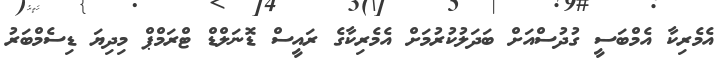
އެމެރިކާ އެމްބަސީ ގުދުސްއަށް ބަދަލުކުރުމަށް އެމެރިކާގެ ރައީސް ޑޮނަލްޑް ޓްރަމްޕް މިދިޔަ ޑިސެމްބަރު